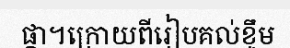
ផ្កា។ក្រោយពីរៀបគល់ខ្ទឹម